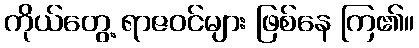
ကိုယ်တွေ့ ရာဇဝင်များ ဖြစ်နေ ကြ၏။